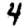
Digit: 4